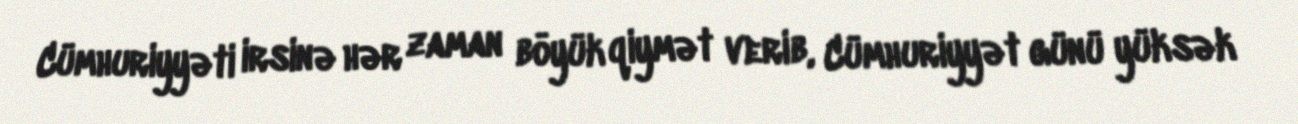
Cümhuriyyəti irsinə hər zaman böyük qiymət verib, Cümhuriyyət günü yüksək